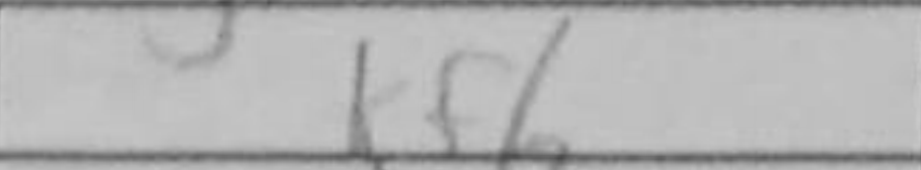
Transcription: Kf6